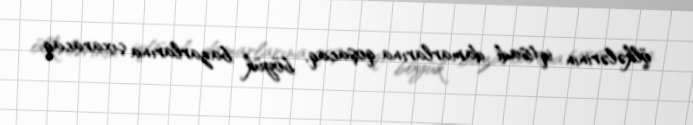
ölkələrinin iqtisadi damarlarına qoşacaq, böyük bazarlarına çıxaracaq.